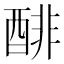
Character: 𰼌